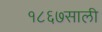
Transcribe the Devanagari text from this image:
१८६७साली